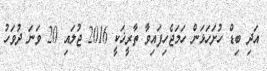
އަދި ބިޑް ހުށަހަޅަން ހަމަޖެހިފައިވާ ތާރީޚަކީ 2016 ޖުލައި 20 ވަނަ ދުވަހު